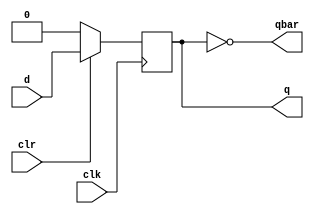

module mydffposSync(input d, clk, clr, output qbar, output reg q);
	assign qbar = ~q;
	always @(posedge clk) //sync clear
	begin
		if(!clr) q<=0;
		else q<=d;
	end 
endmodule